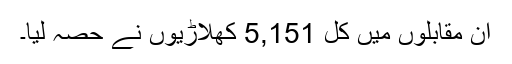
ان مقابلوں میں کل 5,151 کھلاڑیوں نے حصہ لیا۔